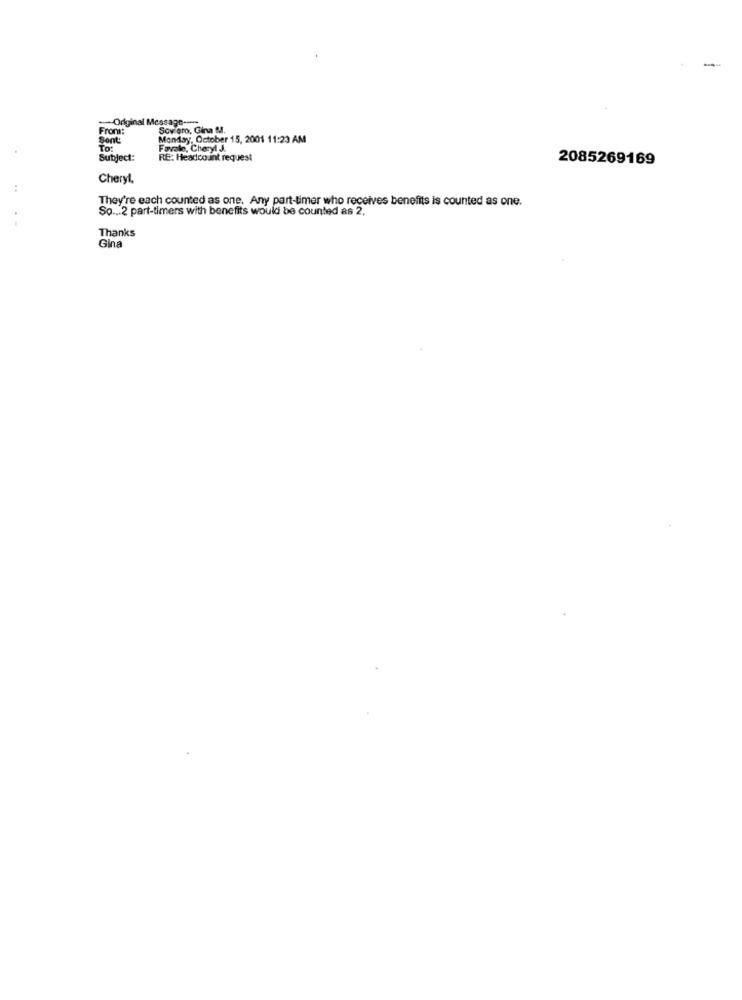
--
-Original Message-
From:
Sov ero, Gina M.
Sont:
Monday, October 15, 2001 11:23 AM
To:
Favale, Cheryl J.
Subject:
RE: Headcount request
2085269169
Cheryl
They're each counted as one. Any part-timer who receives benefits is counted as one.
So ... 2 part-timers with benefits would be counted as 2.
Thanks
Gina